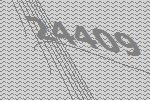
24409